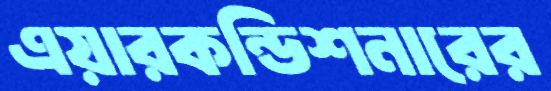
এয়ারকন্ডিশনারের